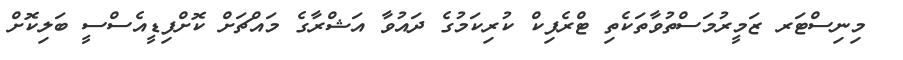
މިނިސްޓަރ ޒަމީރުމަސްތުވާތަކެތި ޓްރެފިކް ކުރިކަމުގެ ދައުވާ އަޝްރާގެ މައްޗަށް ކޮށްފިޑީއެސްސީ ބަލިކޮށް